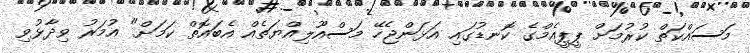
މަސައްކަތް ކުރުމަށް ޕީޕީއެމްގެ ކޮނޑުގައި އަޅަންޖެހޭ މަސްއޫލިއްޔަތެއް އެބައޮތް ކަމަށް" އުމަރު ވިދާޅުވި